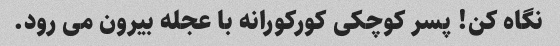
نگاه کن! پسر کوچکی کورکورانه با عجله بیرون می رود.